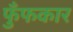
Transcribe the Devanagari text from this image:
फुँफकार